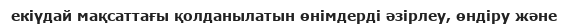
екіүдай мақсаттағы қолданылатын өнімдерді әзірлеу, өндіру және